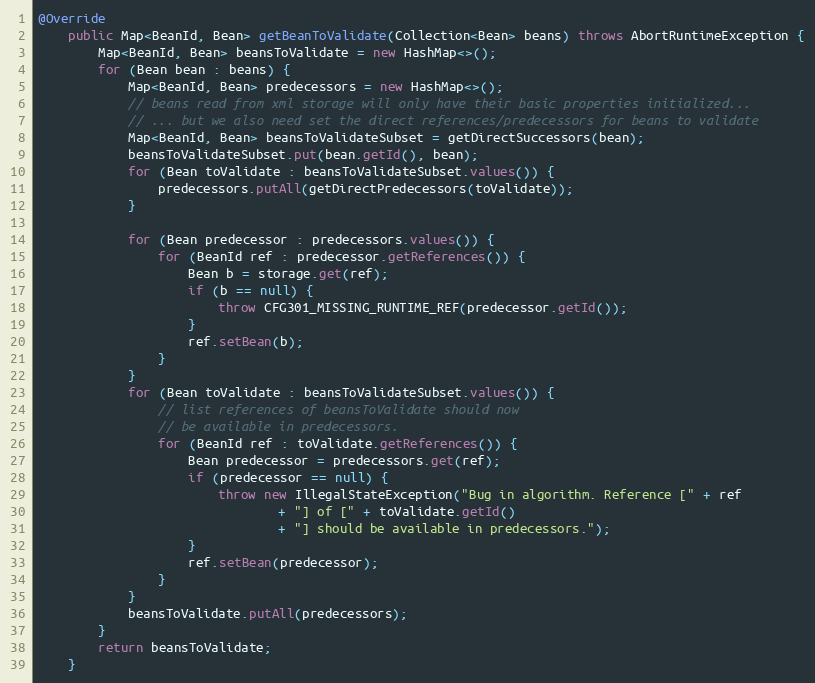
Language: Java
@Override
    public Map<BeanId, Bean> getBeanToValidate(Collection<Bean> beans) throws AbortRuntimeException {
        Map<BeanId, Bean> beansToValidate = new HashMap<>();
        for (Bean bean : beans) {
            Map<BeanId, Bean> predecessors = new HashMap<>();
            // beans read from xml storage will only have their basic properties initialized...
            // ... but we also need set the direct references/predecessors for beans to validate
            Map<BeanId, Bean> beansToValidateSubset = getDirectSuccessors(bean);
            beansToValidateSubset.put(bean.getId(), bean);
            for (Bean toValidate : beansToValidateSubset.values()) {
                predecessors.putAll(getDirectPredecessors(toValidate));
            }

            for (Bean predecessor : predecessors.values()) {
                for (BeanId ref : predecessor.getReferences()) {
                    Bean b = storage.get(ref);
                    if (b == null) {
                        throw CFG301_MISSING_RUNTIME_REF(predecessor.getId());
                    }
                    ref.setBean(b);
                }
            }
            for (Bean toValidate : beansToValidateSubset.values()) {
                // list references of beansToValidate should now
                // be available in predecessors.
                for (BeanId ref : toValidate.getReferences()) {
                    Bean predecessor = predecessors.get(ref);
                    if (predecessor == null) {
                        throw new IllegalStateException("Bug in algorithm. Reference [" + ref
                                + "] of [" + toValidate.getId()
                                + "] should be available in predecessors.");
                    }
                    ref.setBean(predecessor);
                }
            }
            beansToValidate.putAll(predecessors);
        }
        return beansToValidate;
    }